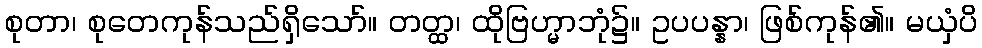
စုတာ၊ စုတေကုန်သည်ရှိသော်။ တတ္ထ၊ ထိုဗြဟ္မာဘုံ၌။ ဥပပန္နာ၊ ဖြစ်ကုန်၏။ မယှံပိ